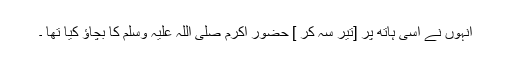
انہوں نے اسی ہاتھ پر [تیر سہ کر ] حضور اکرم صلی اللہ علیہ وسلم کا بچاؤ کیا تھا ۔